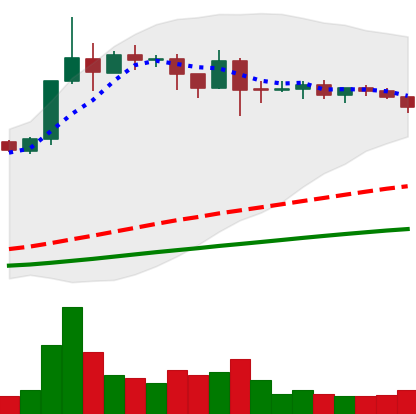
Ticker: ADA-USD
Chart end date: 2019-04-19
Forward return: -8.623%
Label: down_7plus